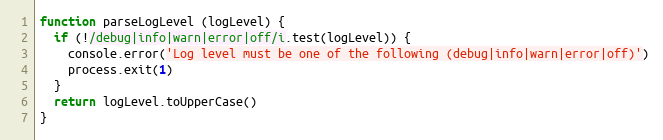
Language: JavaScript
function parseLogLevel (logLevel) {
  if (!/debug|info|warn|error|off/i.test(logLevel)) {
    console.error('Log level must be one of the following (debug|info|warn|error|off)')
    process.exit(1)
  }
  return logLevel.toUpperCase()
}